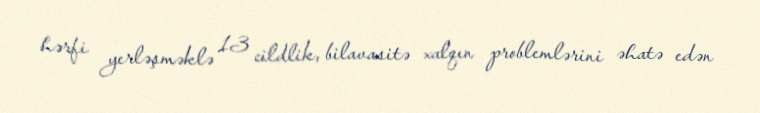
hərfi yerləşməklə 13 cildlik, bilavasitə xalqın problemlərini əhatə edən